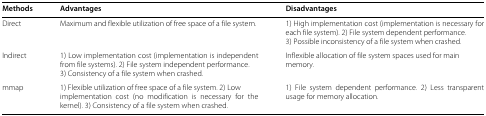
| Methods | Advantages | Disadvantages |
 | --- | --- | --- |
 | Direct | Maximum and flexible utilization of free space of a file system. | 1) High implementation cost (implementation is necessary for each file system). 2) File system dependent performance. 3) Possible inconsistency of a file system when crashed. |
 | Indirect | 1) Low implementation cost (implementation is independent from file systems). 2) File system independent performance. 3) Consistency of a file system when crashed. | Inflexible allocation of file system spaces used for main memory. |
 | mmap | 1) Flexible utilization of free space of a file system. 2) Low implementation cost (no modification is necessary for the kernel). 3) Consistency of a file system when crashed. | 1) File system dependent performance. 2) Less transparent usage for memory allocation. |